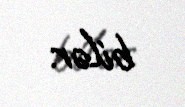
bilər.